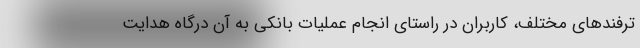
ترفندهای مختلف، کاربران در راستای انجام عملیات بانکی به آن درگاه هدایت